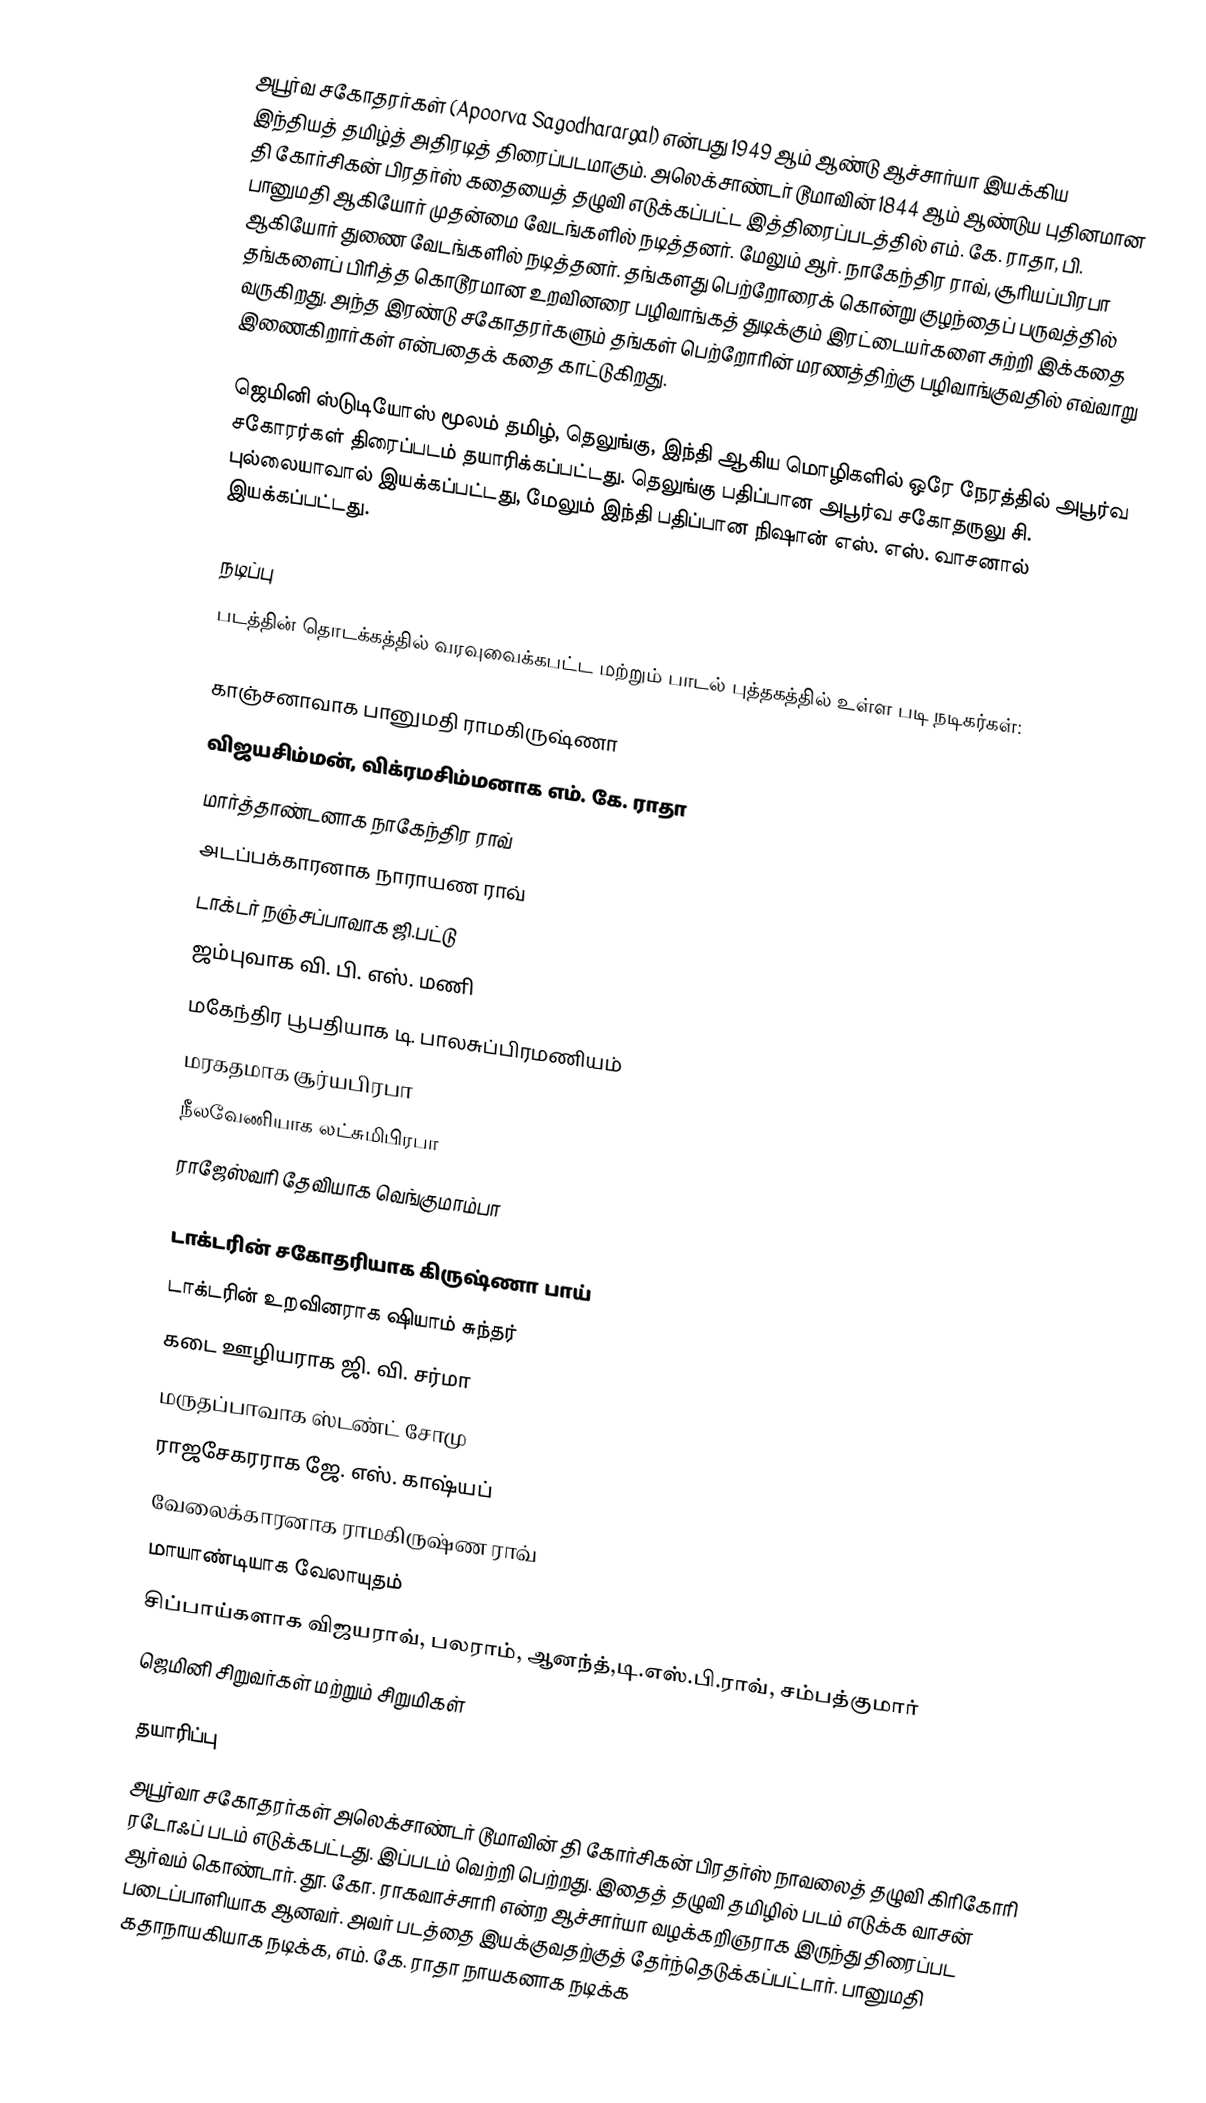
அபூர்வ சகோதரர்கள் (Apoorva Sagodharargal) என்பது 1949 ஆம் ஆண்டு ஆச்சார்யா இயக்கிய இந்தியத் தமிழ்த் அதிரடித் திரைப்படமாகும். அலெக்சாண்டர் டூமாவின் 1844 ஆம் ஆண்டுய புதினமான தி கோர்சிகன் பிரதர்ஸ் கதையைத் தழுவி எடுக்கப்பட்ட இத்திரைப்படத்தில் எம். கே. ராதா, பி. பானுமதி ஆகியோர் முதன்மை வேடங்களில் நடித்தனர். மேலும் ஆர். நாகேந்திர ராவ், சூரியப்பிரபா ஆகியோர் துணை வேடங்களில் நடித்தனர்.  தங்களது பெற்றோரைக் கொன்று குழந்தைப் பருவத்தில் தங்களைப் பிரித்த கொடூரமான உறவினரை பழிவாங்கத் துடிக்கும் இரட்டையர்களை சுற்றி இக்கதை வருகிறது. அந்த இரண்டு சகோதரர்களும் தங்கள் பெற்றோரின் மரணத்திற்கு பழிவாங்குவதில் எவ்வாறு இணைகிறார்கள் என்பதைக் கதை காட்டுகிறது.

ஜெமினி ஸ்டுடியோஸ் மூலம் தமிழ், தெலுங்கு, இந்தி ஆகிய மொழிகளில் ஒரே நேரத்தில் அபூர்வ சகோரர்கள் திரைப்படம் தயாரிக்கப்பட்டது. தெலுங்கு பதிப்பான அபூர்வ சகோதருலு சி. புல்லையாவால் இயக்கப்பட்டது, மேலும் இந்தி பதிப்பான நிஷான் எஸ். எஸ். வாசனால் இயக்கப்பட்டது.

நடிப்பு
படத்தின் தொடக்கத்தில் வரவுவைக்கபட்ட மற்றும் பாடல் புத்தகத்தில் உள்ள படி நடிகர்கள்:

 காஞ்சனாவாக பானுமதி ராமகிருஷ்ணா
 விஜயசிம்மன், விக்ரமசிம்மனாக எம். கே. ராதா
 மார்த்தாண்டனாக நாகேந்திர ராவ்
 அடப்பக்காரனாக நாராயண ராவ்
 டாக்டர் நஞ்சப்பாவாக ஜி.பட்டு
 ஜம்புவாக வி. பி. எஸ். மணி
 மகேந்திர பூபதியாக டி. பாலசுப்பிரமணியம்
 மரகதமாக சூர்யபிரபா
 நீலவேணியாக லட்சுமிபிரபா
 ராஜேஸ்வரி தேவியாக வெங்குமாம்பா

 டாக்டரின் சகோதரியாக கிருஷ்ணா பாய்
 டாக்டரின் உறவினராக ஷியாம் சுந்தர்
 கடை ஊழியராக ஜி. வி. சர்மா
 மருதப்பாவாக ஸ்டண்ட் சோமு
 ராஜசேகரராக ஜே. எஸ். காஷ்யப்
 வேலைக்காரனாக ராமகிருஷ்ண ராவ்
 மாயாண்டியாக வேலாயுதம்
 சிப்பாய்களாக  விஜயராவ், பலராம், ஆனந்த்,டி.எஸ்.பி.ராவ், சம்பத்குமார்
 ஜெமினி சிறுவர்கள் மற்றும் சிறுமிகள்

தயாரிப்பு
அபூர்வா சகோதரர்கள் அலெக்சாண்டர் டூமாவின் தி கோர்சிகன் பிரதர்ஸ் நாவலைத் தழுவி கிரிகோரி ரடோஃப் படம் எடுக்கபட்டது. இப்படம் வெற்றி பெற்றது. இதைத் தழுவி தமிழில் படம் எடுக்க வாசன் ஆர்வம் கொண்டார். தூ. கோ. ராகவாச்சாரி என்ற ஆச்சார்யா வழக்கறிஞராக இருந்து திரைப்பட படைப்பாளியாக ஆனவர். அவர் படத்தை இயக்குவதற்குத் தேர்ந்தெடுக்கப்பட்டார். பானுமதி கதாநாயகியாக நடிக்க, எம். கே. ராதா நாயகனாக நடிக்க